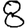
Digit: 8